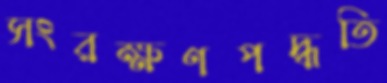
সংরক্ষণপদ্ধতি